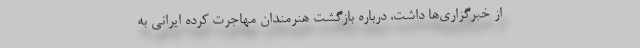
از خبرگزاری‌ها داشت، درباره بازگشت هنرمندان مهاجرت کرده ایرانی به